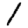
Digit: 1